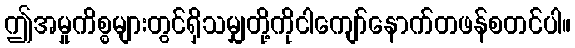
ဤအမှုကိစ္စများတွင်ရှိသမျှတို့ကိုငါကျော်နောက်တဖန်စတင်ပါ။